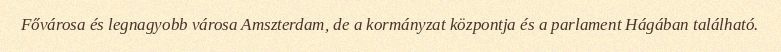
Fővárosa és legnagyobb városa Amszterdam, de a kormányzat központja és a parlament Hágában található.